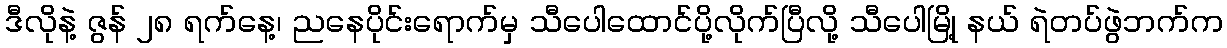
ဒီလိုနဲ့ ဇွန် ၂၈ ရက်နေ့၊ ညနေပိုင်းရောက်မှ သီပေါထောင်ပို့လိုက်ပြီလို့ သီပေါမြို့ နယ် ရဲတပ်ဖွဲဘက်က